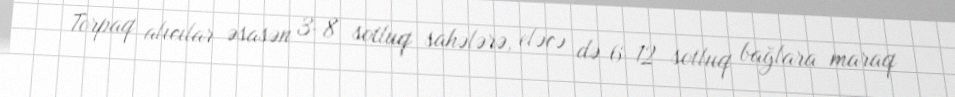
Torpaq alıcılar əsasən 3-8 sotluq sahələrə, eləcə də 6-12 sotluq bağlara maraq